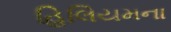
હિલિયમના